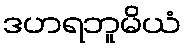
ဒဟရဘူမိယံ